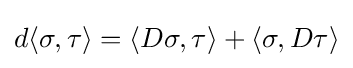
d\langle \sigma ,\tau \rangle =\langle D\sigma ,\tau \rangle +\langle \sigma ,D\tau \rangle